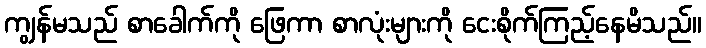
ကျွန်မသည် စာခေါက်ကို ဖြေကာ စာလုံးများကို ငေးစိုက်ကြည့်နေမိသည်။